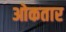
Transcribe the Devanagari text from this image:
ओकतार